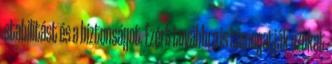
stabilitást és a biztonságot. Ezért továbbra is támogatják azokat